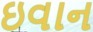
ઇવાન